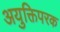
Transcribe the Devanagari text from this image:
अयुक्तिपरक